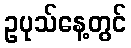
ဥပုသ်နေ့တွင်